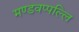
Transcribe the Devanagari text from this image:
मण्डवप्पल्लि